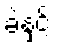
ခဲနှင့်